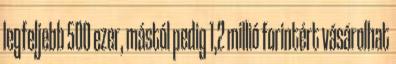
legfeljebb 500 ezer, mástól pedig 1,2 millió forintért vásárolhat